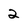
Character: 2